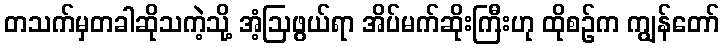
တသက်မှတခါဆိုသကဲ့သို့ အံ့ဩဖွယ်ရာ အိပ်မက်ဆိုးကြီးဟု ထိုစဉ်က ကျွန်တော်